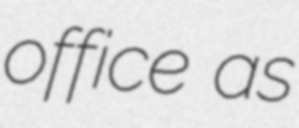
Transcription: office as